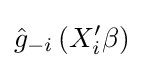
{\hat {g}}_{-i}\left(X'_{i}\beta \right)